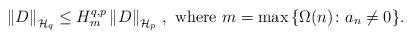
LaTeX: \begin{align*} \left\| D \right\|_{\mathcal{H}_{q}} \leq H^{q,p}_{m} \left\| D \right\|_{\mathcal{H}_{p}}\,, \mbox{ where } m = \max{\{ \Omega(n) \colon a_{n} \neq 0 \}}.\end{align*}